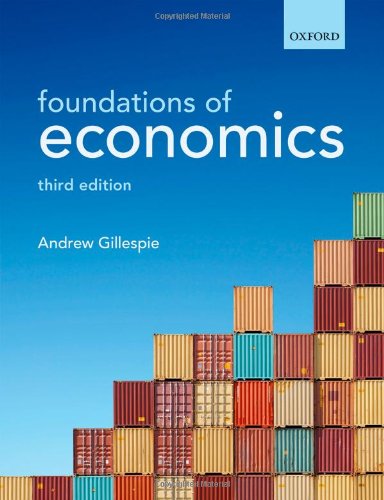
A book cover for Foundations of Economics; Andrew Gillespie; Business & Money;